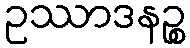
ဥဿာဒနဉ္စ